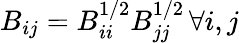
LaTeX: {B_{ij}=B_{ii}^{1/2}B_{jj}^{1/2}\, \forall i,j}